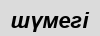
шүмегі